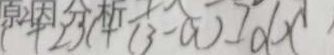
1 + 2 x + ( 3 - a ) ] d x